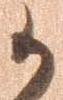
か